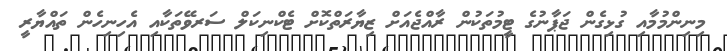
މިނިންމުމާއި ގުޅިގެން ޖަޕާނުގެ ޓީމުތަކުން ރާއްޖެއަށް ޒިޔާރަތްކޮށް ޓެކްނިކަލް ސަރވޭތަކާއި އެހިނިހެން ތައްޔާރީ